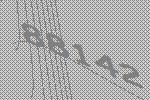
88142